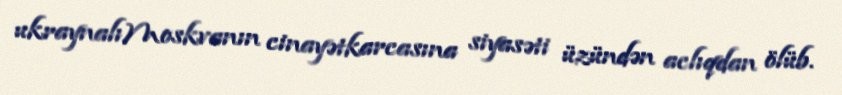
ukraynalıMoskvanın cinayətkarcasına siyasəti üzündən aclıqdan ölüb.